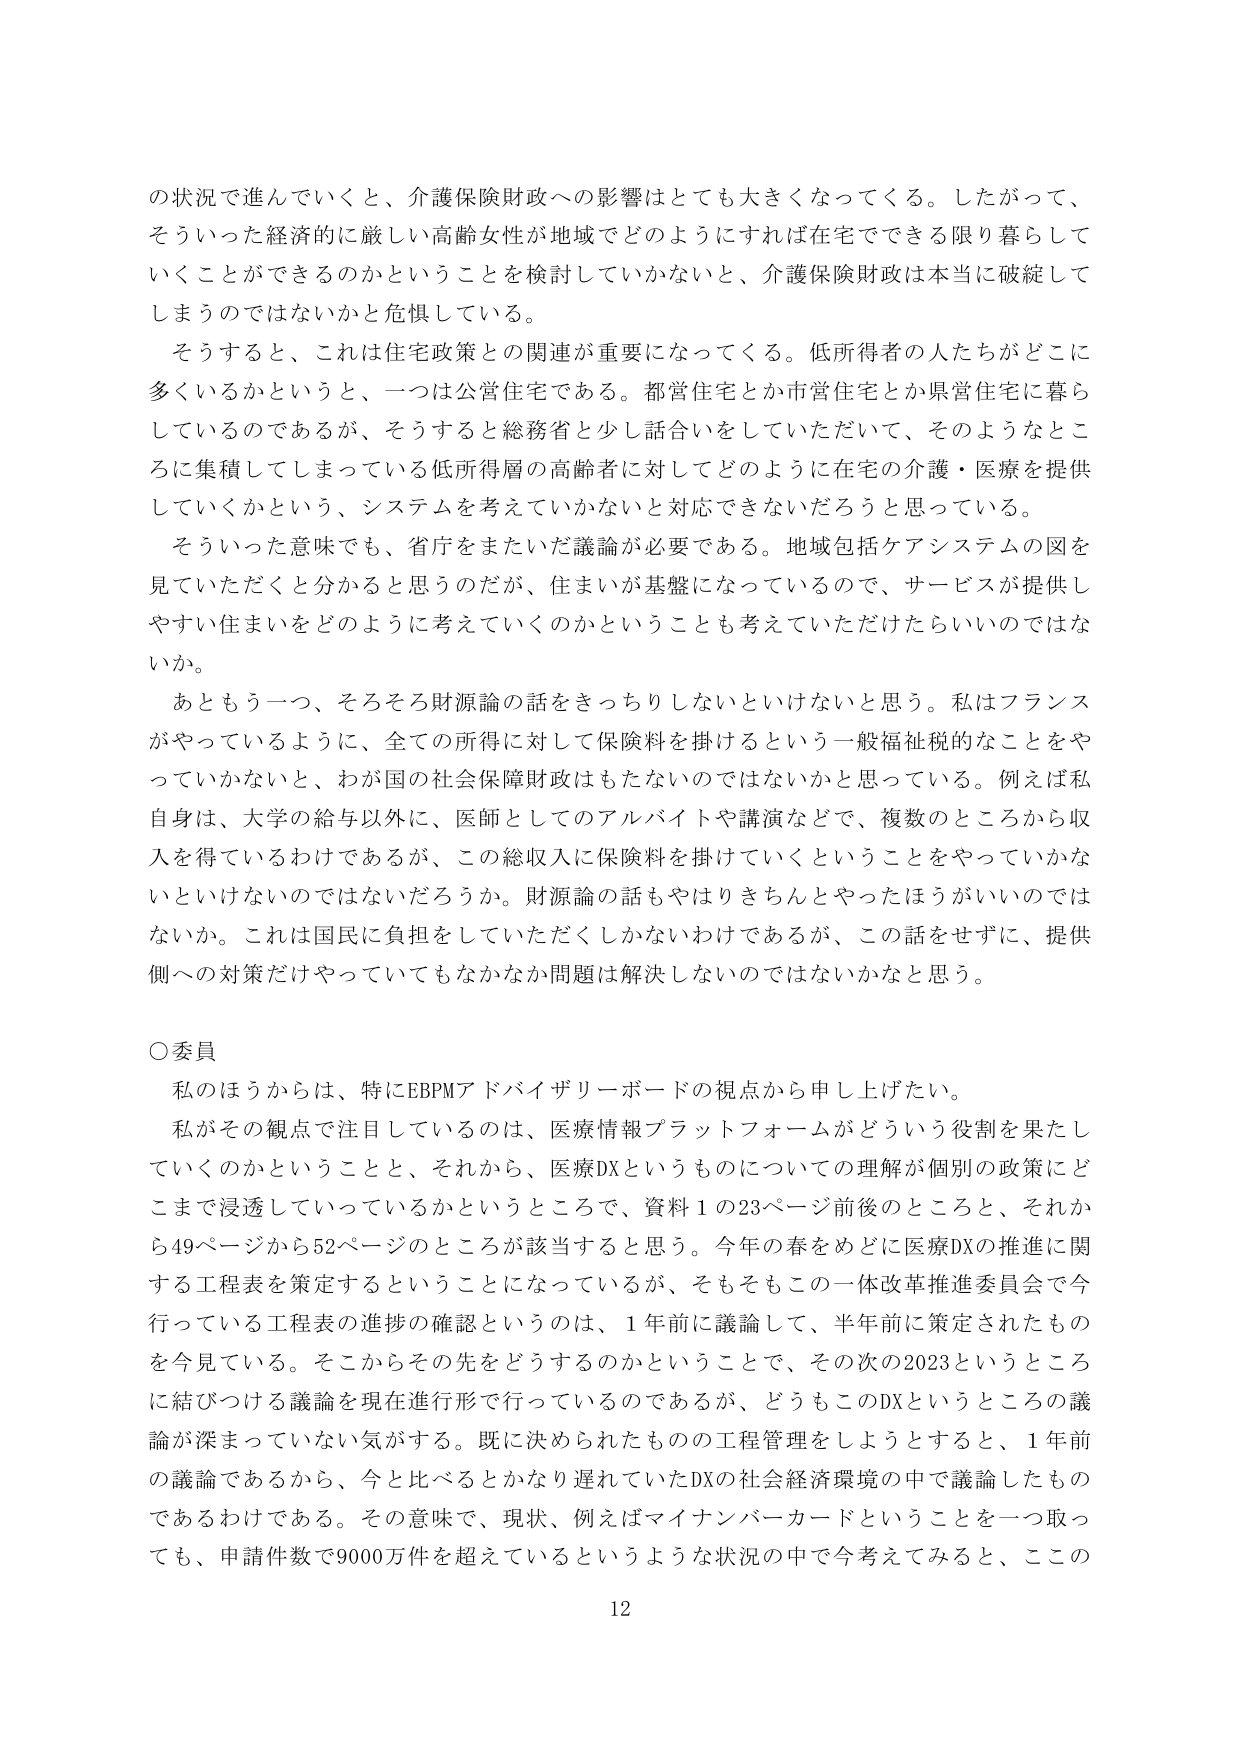
の状況で進んでいくと、介護保険財政への影響はとても大きくなってくる。したがって、
そういった経済的に厳しい高齢女性が地域でどのようにすれば在宅でできる限り暮らして
いくことができるのかということを検討していかないと、介護保険財政は本当に破綻して
しまうのではないかと危惧している。
そうすると、これは住宅政策との関連が重要になってくる。低所得者の人たちがどこに
多くいるかというと、一つは公営住宅である。都営住宅とか市営住宅とか県営住宅に暮ら
しているのであるが、そうすると総務省と少し話合いをしていただいて、そのようなとこ
ろに集積してしまっている低所得層の高齢者に対してどのように在宅の介護・医療を提供
していくかという、システムを考えていかない対応できないだろうと思っている。
そういった意味でも、省庁をまたいだ議論が必要である。地域包括ケアシステムの図を
見ていただくと分かると思うのだが、住まいが基盤になっているので、サービスが提供し
やすい住まいをどのように考えていくのかということも考えていただけたらいいのではな
いか。
あともう一つ、そろそろ財源論の話をきっちりしないといけないと思う。私はフランス
がやっているように、全ての所得に対して保険料を掛けるという一般福祉税のなことをや
っていかないと、わが国の社会保障財政はもたないのではないかと思っている。例えば私
自身は、大学の給与以外に、医師としてのアルバイトや講演などで、複数のところから収
入を得ているわけであるが、この総収入に保険料を掛けていくということをやっていかな
いといけないのではないだろうか。財源論の話もやはりきちんとやったほうがいいのでは
ないか。これは国民に負担をしていただくしかないわけであるが、この話をせずに、提供
側への対策だけやっていてもなかなか問題は解決しないのではないかと思う。

○委員
私のほうからは、特にEBPMアドバイザリーボードの視点から申し上げたい。
私がその観点で注目しているのは、医療情報プラットフォームがどういう役割を果たし
ていくのかということと、それから、医療DXというものについての理解が個別の政策にど
こまで浸透していっているかというところで、資料１の23ページ前後とのところと、それか
ら49ページから52ページのところが該当すると思う。今年の春をめどに医療DXの推進に関
する工程表を策定するということになっているが、そもそもこの一財改革推進委員会で今
行っている工程表の進捗の確認というのは、1年前に議論して、半年前に策定されたもの
を今見ている。そこからその先をどうするのかということで、その次の2023というところ
に結びつける議論を現在進行形で行っているのであるが、どうもこのDXというところの議
論が深まっていない気がする。既に決められたものの工程管理をしようとするとき、1年前
の議論であるから、今と比べるとかなり遅れていたDXの社会経済環境の中で議論したもの
であるわけである。その意味で、現状、例えばマイナンバーカードということを一つ取っ
ても、申請件数で9000万件を超えているというような状況の中で今考えてみると、このの
12